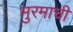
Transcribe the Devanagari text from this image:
मुरमाची